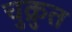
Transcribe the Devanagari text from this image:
चुक्रुत